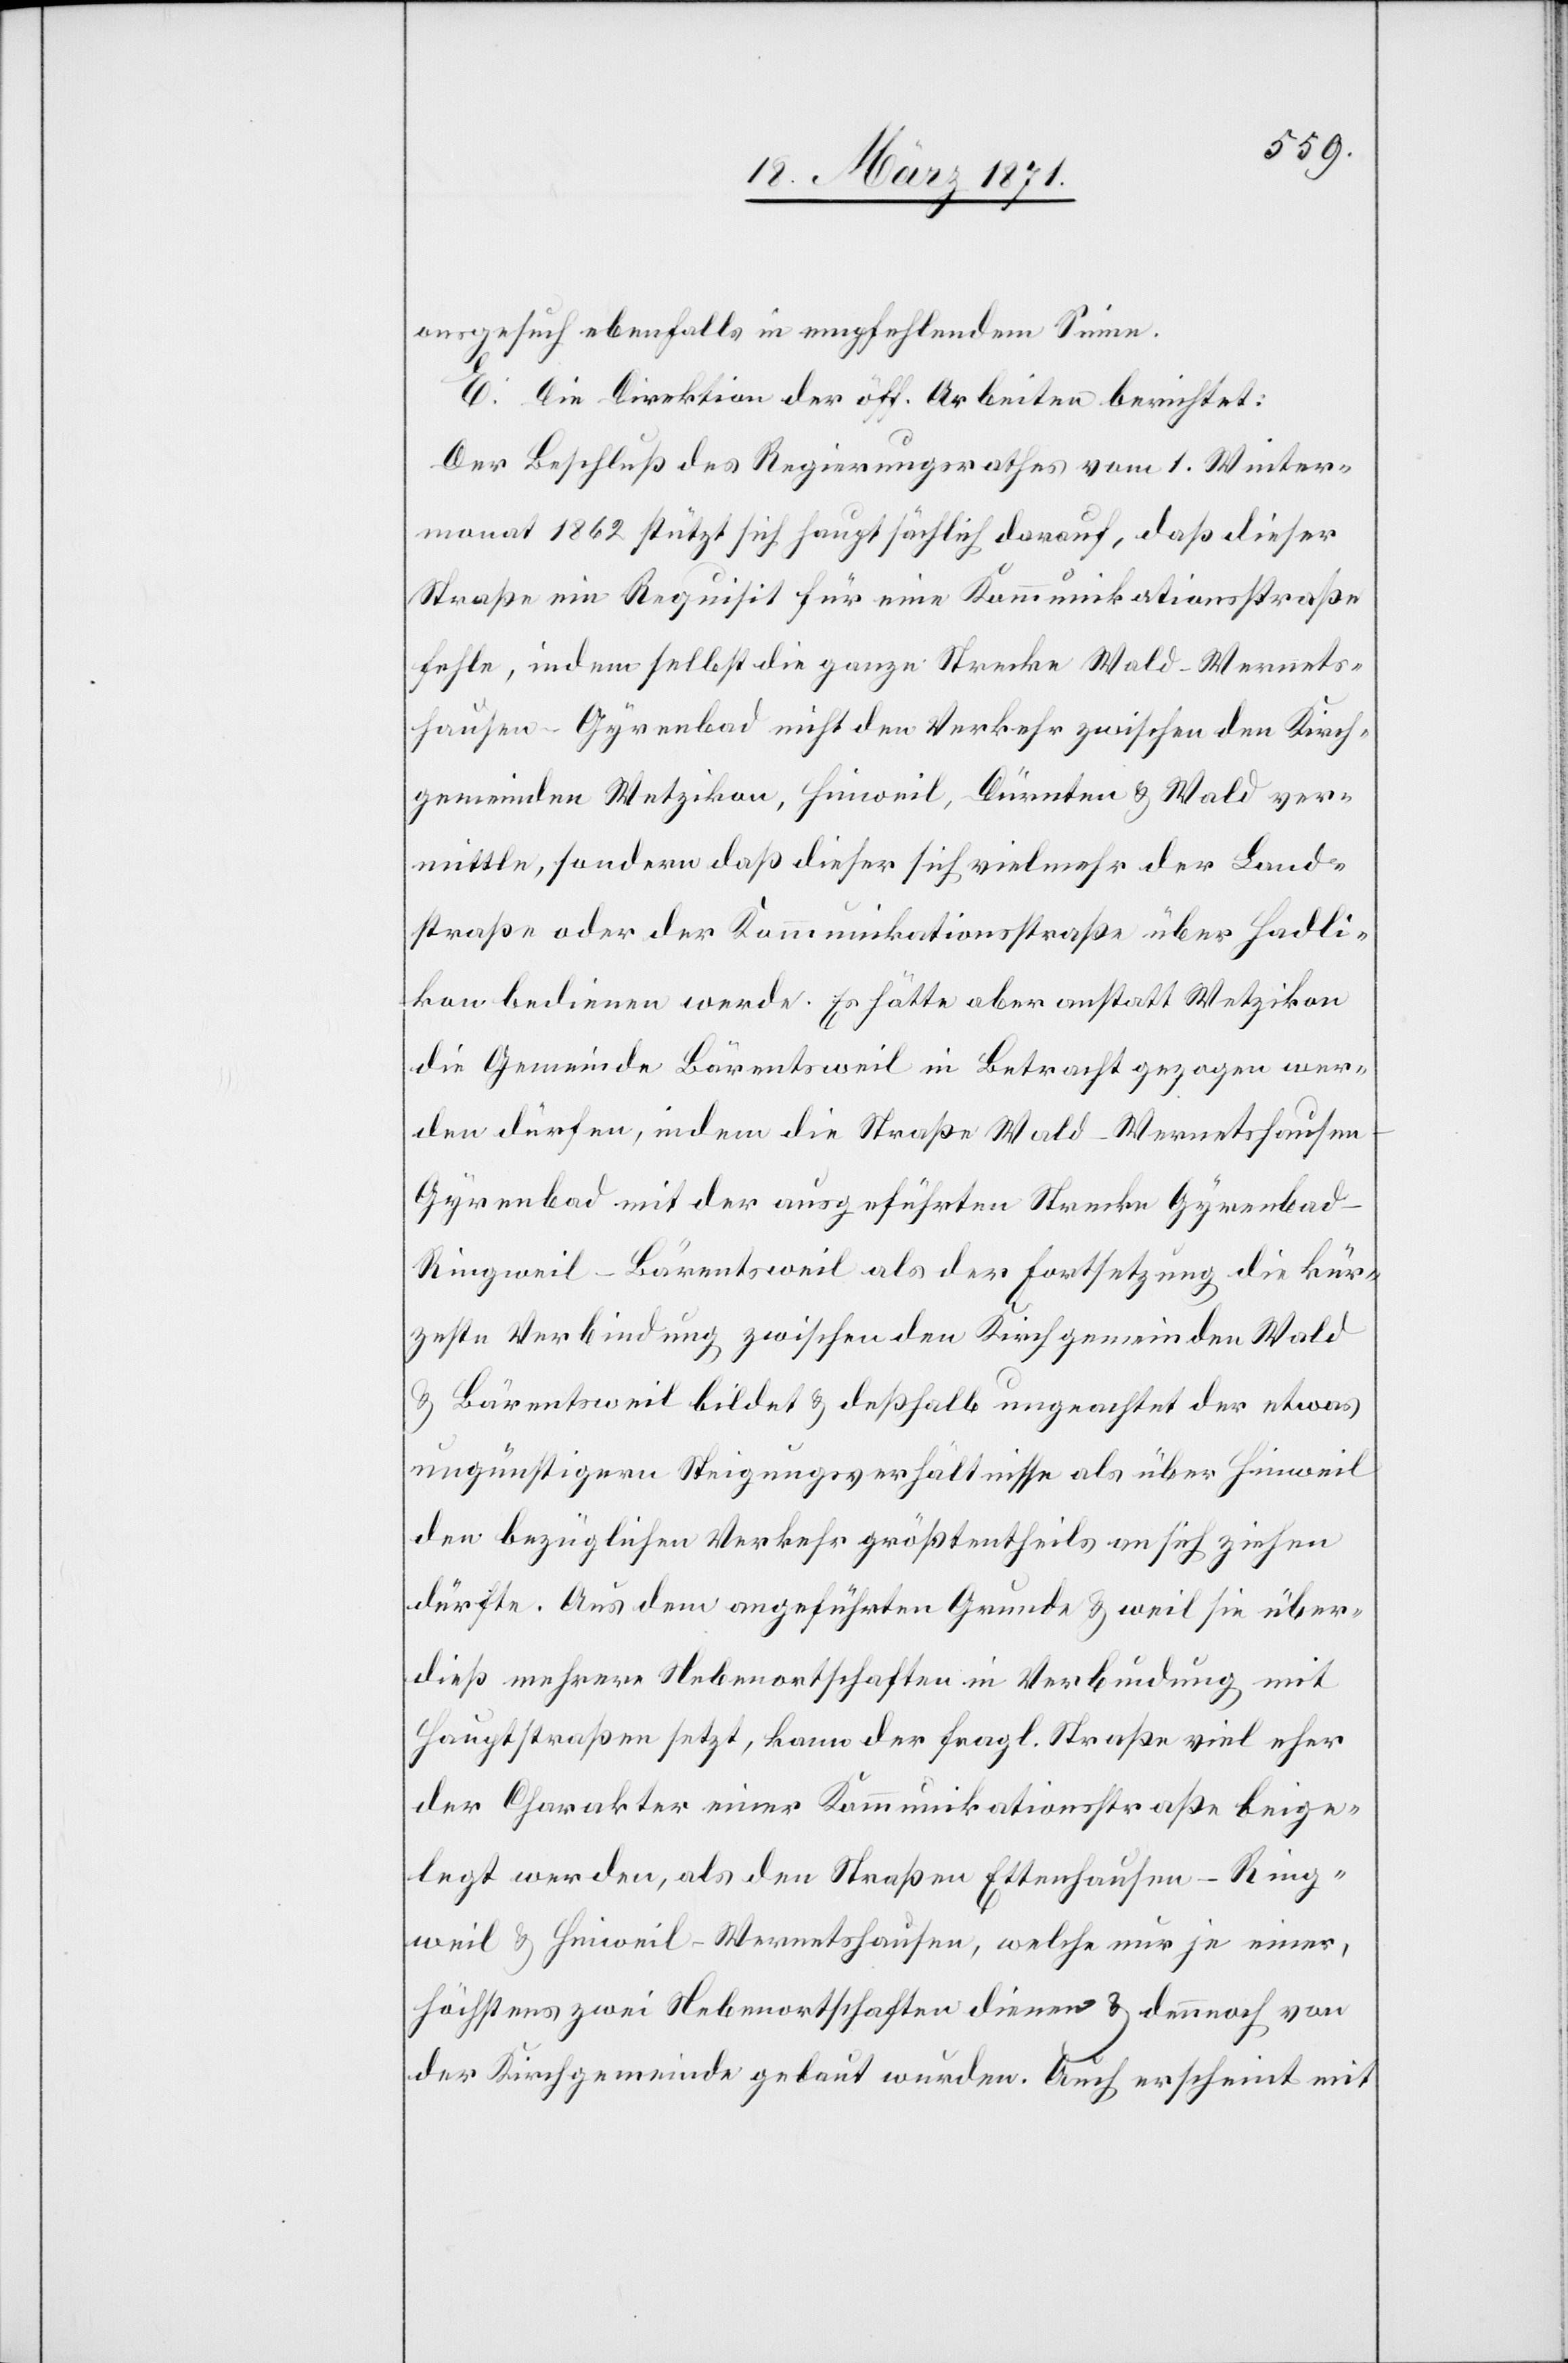
onsgesuch ebenfalls in empfehlendem Sinne.
E. Die Direktion der öff. Arbeiten berichtet:
Der Beschluß des Regierungsrathes vom 1. Winter¬
monat 1862 stützt sich hauptsächlich darauf, daß dieser
Straße ein Requisit für eine Kommunikationsstraße
fehle, indem selbst die ganze Strecke Wald-Wernets¬
hausen-Gyrenbad nicht den Verkehr zwischen den Kirch¬
gemeinden Wetzikon, Hinweil, Dürnten u. Wald ver¬
mittle, sondern daß dieser sich vielmehr der Land¬
straße oder der Kommunikationsstraße über Hadli¬
kon bedienen werde. Es hätte aber anstatt Wetzikon
die Gemeinde Bärentsweil in Betracht gezogen wer¬
den dürfen, indem die Straße Wald-Wernetshause¬
n-Gyrenbad mit der ausgeführten Strecke Gyrenbad-R¬
ingweil-Bärentsweil als der Fortsetzung die kür¬
zeste Verbindung zwischen Kirchgemeinden Wald
u. Bärentsweil bildet u. deßhalb ungeachtet der etwas
ungünstigen Steigungsverhältnisse als über Hinweil
den bezüglichen Verkehr größtentheils an sich ziehen
dürfte. Aus dem angeführten Grunde u. weil sie über¬
dieß mehrere Nebenortschaften in Verbindung mit
Hauptstraßen setzt, kann der fragl. Straße viel eher
der Charakter einer Kommunikationsstraße beige¬
legt werden, als den Straßen Ettenhausen-Ring¬
weil u. Hinweil-Wernetshausen, welche nur je einer,
höchstens zwei Nebenortschaften dienen u. dennnoch von
der Kirchgemeinde gebaut wurden. Auch erscheint mit